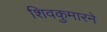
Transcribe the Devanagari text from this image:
शिवकुमारने